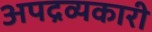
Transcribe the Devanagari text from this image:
अपद्रव्यकारी